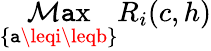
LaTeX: \operatorname*{\mathcal{M}\mathtt{a}x}_{\{ \mathtt{a}\leqi\leqb\} }R_{i}(c,h)